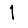
Digit: 1